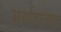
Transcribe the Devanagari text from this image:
अर्थातरन्यास